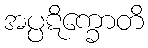
အပ္ပဋိက္ခောတိ